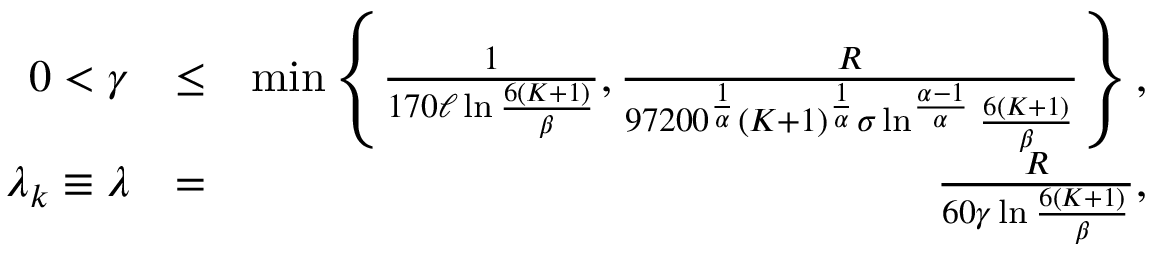
\begin{array} { r l r } { 0 < \gamma } & { \leq } & { \operatorname* { m i n } \left\{ \frac { 1 } { 1 7 0 \ell \ln \frac { 6 ( K + 1 ) } { \beta } } , \frac { R } { 9 7 2 0 0 ^ { \frac { 1 } { \alpha } } ( K + 1 ) ^ { \frac { 1 } { \alpha } } \sigma \ln ^ { \frac { \alpha - 1 } { \alpha } } \frac { 6 ( K + 1 ) } { \beta } } \right\} , } \\ { \lambda _ { k } \equiv \lambda } & { = } & { \frac { R } { 6 0 \gamma \ln \frac { 6 ( K + 1 ) } { \beta } } , } \end{array}